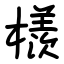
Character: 檨